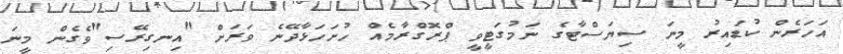
އަހަރެން ކުޑައިރު މީނަ ސިޔަސްޓާގެ ނަމުގަޓީވީ ޕްރޮގްރާމެއް ހުށަހަޅާދޭނެ ވަރަށް "އިނގިރޭސި"ވެގެން މީނަ